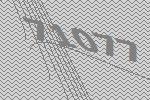
71077